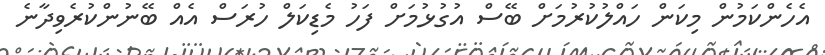
އެހެންކަމުން މިކަން ހައްލުކުރުމަށް ބޭސް އުގުޅުމަށް ފަހު މެޑިކަލް ހުރަސް އެއް ބޭނުންކުރެވިދާނެ